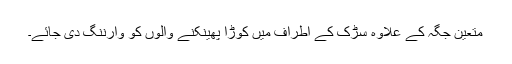
متعین جگہ کے علاوہ سڑک کے اطراف میں کوڑا پھینکنے والوں کو وارننگ دی جائے۔